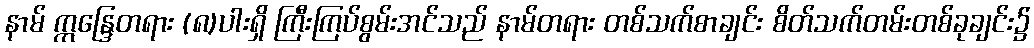
နာမ် ဣန္ဒြေတရား (၈)ပါးရှိ ကြီးကြပ်စွမ်းအင်သည် နာမ်တရား တစ်သက်စာချင်း စိတ်သက်တမ်းတစ်ခုချင်း၌